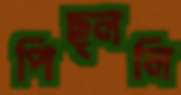
পিছ্‌ললি